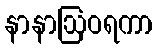
နာနာဩဝရကာ